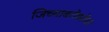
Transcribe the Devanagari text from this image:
जिच्याबरोबरोबर